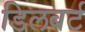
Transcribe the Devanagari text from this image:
डिलबर्ट